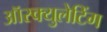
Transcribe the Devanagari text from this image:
ऑस्क्युलेटिंग